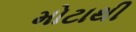
મોટાથી